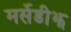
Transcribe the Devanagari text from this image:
मर्सेडीझ